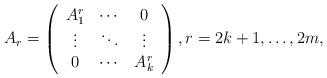
LaTeX: \begin{align*}A_{r}=\left( \begin{array}{ccccccc} A_1^r & \cdots &0\\ \vdots &\ddots & \vdots\\ 0 & \cdots & A_k^r \\ \end{array}\right), r=2k+1,\ldots,2m,\end{align*}